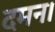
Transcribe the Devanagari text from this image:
दमन।